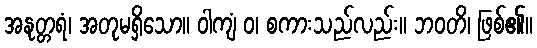
အနုတ္တရံ၊ အတုမရှိသော။ ဝါကျံ ဝ၊ စကားသည်လည်း။ ဘဝတိ၊ ဖြစ်၏။